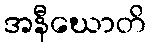
အနီဃောတိ